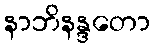
နာဘိနန္ဒတော